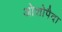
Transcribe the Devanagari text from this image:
ओशोपैदा